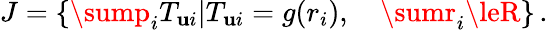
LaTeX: J=\left\{ \sump_{i}T_{\mathbf{u}i}|T_{\mathbf{u}i}=g(r_{i}),\quad\sumr_{i}\leR\right\} \, .